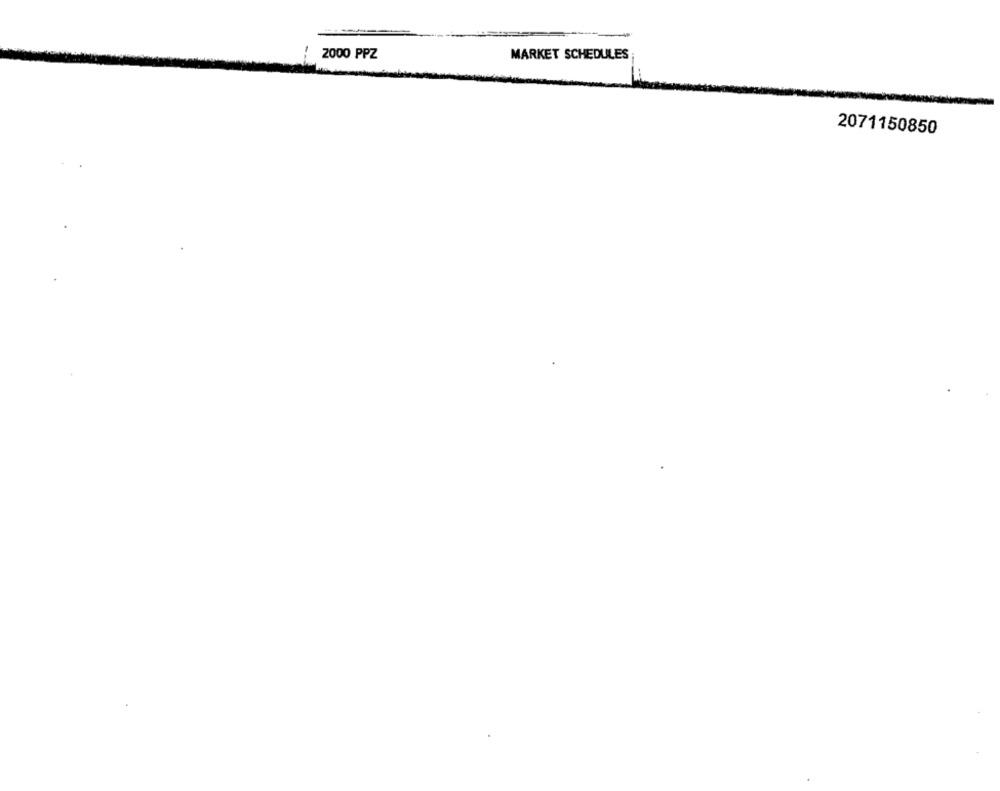
2000 PPZ
MARKET SCHEDULES
2071150850